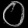
Digit: ၀